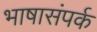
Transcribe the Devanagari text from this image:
भाषासंपर्क